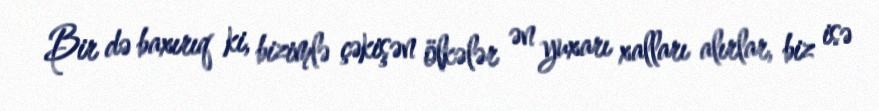
Bir də baxırıq ki, bizimlə çəkişən ölkələr ən yuxarı xalları alırlar, biz isə